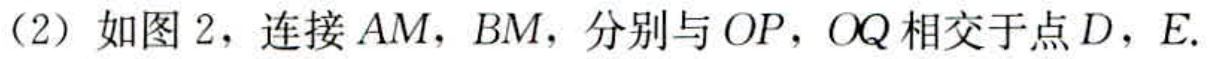
（2）如图2，连接 \(AM\)，\(BM\)，分别与 \(OP\)，\(OQ\) 相交于点 \(D\)，\(E\).